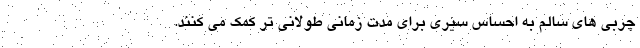
چربی های سالم به احساس سیری برای مدت زمانی طولانی تر کمک می کنند.